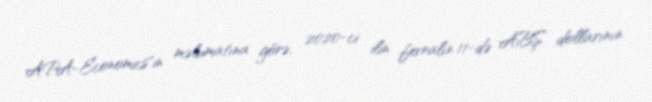
APA-Economics"in məlumatına görə, 2020-ci ilin fevralın 11-də ABŞ dollarının